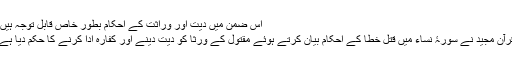
اس ضمن میں دیت اور وراثت کے احکام بطور خاص قابل توجہ ہیں:
قرآن مجید نے سورۂ نساء میں قتل خطا کے احکام بیان کرتے ہوئے مقتول کے ورثا کو دیت دینے اور کفارہ ادا کرنے کا حکم دیا ہے۔